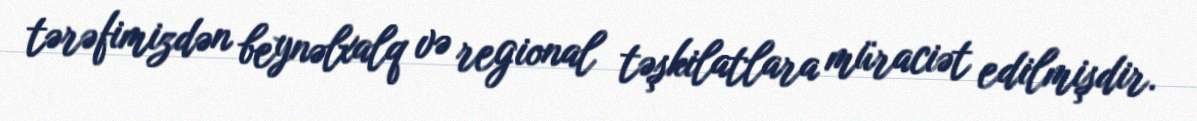
tərəfimizdən beynəlxalq və regional təşkilatlara müraciət edilmişdir.